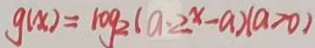
g ( x ) = 1 0 g _ { 2 } ( a \cdot 2 ^ { x } - a ) ( a > 0 )